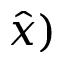
\hat { x } )